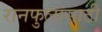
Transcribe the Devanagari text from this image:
रानफुलांसाठी